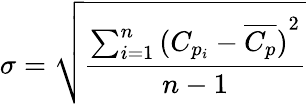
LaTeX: \sigma=\sqrt{\frac{\sum_{i=1}^{n}{(C_{p_{i}}-\overline{{C_{p}}})}^{2}}{n-1}}